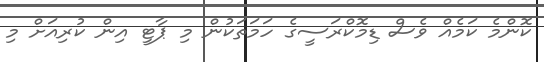
ކޮންމެ ކަމެއް ވެސް ޑިމޮކްރަސީގެ ހަމަތަކުން މި ޕާޓީ އިން ކުރިއަށް މި